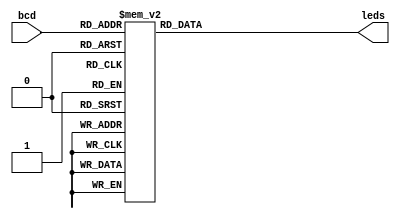
// Connor Humiston
// ECEN2350
// University of Colorado, Boulder
// Project 2

//this is the bcd to seven segment display decoder 
module BCD_Decoder(bcd, leds); 
	input [3:0] bcd; 
	output reg [7:0] leds;

	always @(bcd) 
		case (bcd)	  //abcdefg
			0: leds = 8'b11000000; 
			1: leds = 8'b11111001; 
			2: leds = 8'b10100100; 
			3: leds = 8'b10110000; 
			4: leds = 8'b10011001; 
			5: leds = 8'b10010010; 
			6: leds = 8'b10000010; 
			7: leds = 8'b11111000; 
			8: leds = 8'b10000000; 
			9: leds = 8'b10010000; 
			default: leds = 8'b11000000;
		endcase 
endmodule